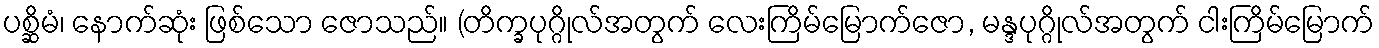
ပစ္ဆိမံ၊ နောက်ဆုံး ဖြစ်သော ဇောသည်။ (တိက္ခပုဂ္ဂိုလ်အတွက် လေးကြိမ်မြောက်ဇော, မန္ဒပုဂ္ဂိုလ်အတွက် ငါးကြိမ်မြောက်